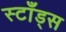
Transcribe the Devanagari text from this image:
स्टाँड्स